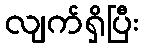
လျက်ရှိပြီး